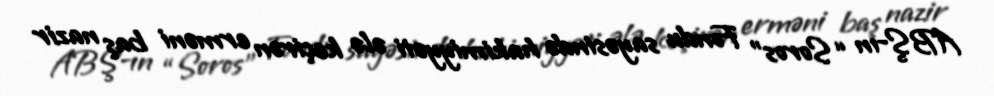
ABŞ-ın “Soros” Fondu sayəsində hakimiyyəti ələ keçirən erməni baş nazir